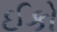
ઈકો